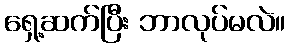
ရှေ့ဆက်ပြီး ဘာလုပ်မလဲ။